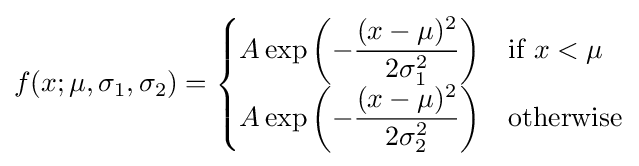
f(x;\mu ,\sigma _{1},\sigma _{2})={\begin{cases}A\exp \left(-{\dfrac {(x-\mu )^{2}}{2\sigma _{1}^{2}}}\right)&{\text{if }}x<\mu \\[1ex]A\exp \left(-{\dfrac {(x-\mu )^{2}}{2\sigma _{2}^{2}}}\right)&{\text{otherwise}}\end{cases}}